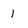
Character: 1